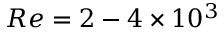
R e = 2 - 4 \times 1 0 ^ { 3 }